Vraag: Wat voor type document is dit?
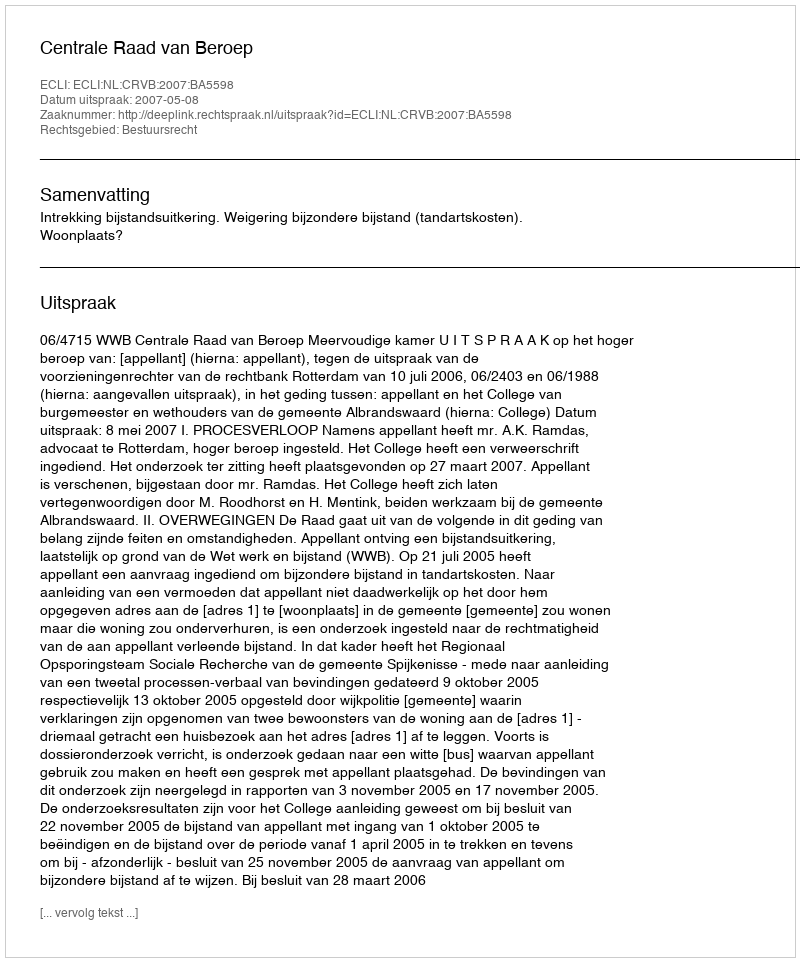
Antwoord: Uitspraak